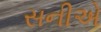
સનીએ